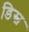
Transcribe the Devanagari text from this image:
डिस्च